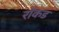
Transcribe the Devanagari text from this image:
रॉकड